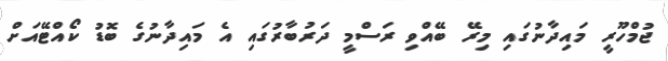
ޖުމްހޫރީ މައިދާނުގައި މިރޭ ބޭއްވި ރަސްމީ ދަރުބާރުގައި އެ މައިދާނުގެ ބޮޑު ކޯއްޓޭއަށް